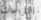
النزاعات